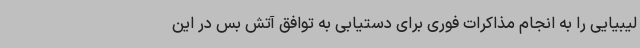
لیبیایی را به انجام مذاکرات فوری برای دستیابی به توافق آتش بس در این